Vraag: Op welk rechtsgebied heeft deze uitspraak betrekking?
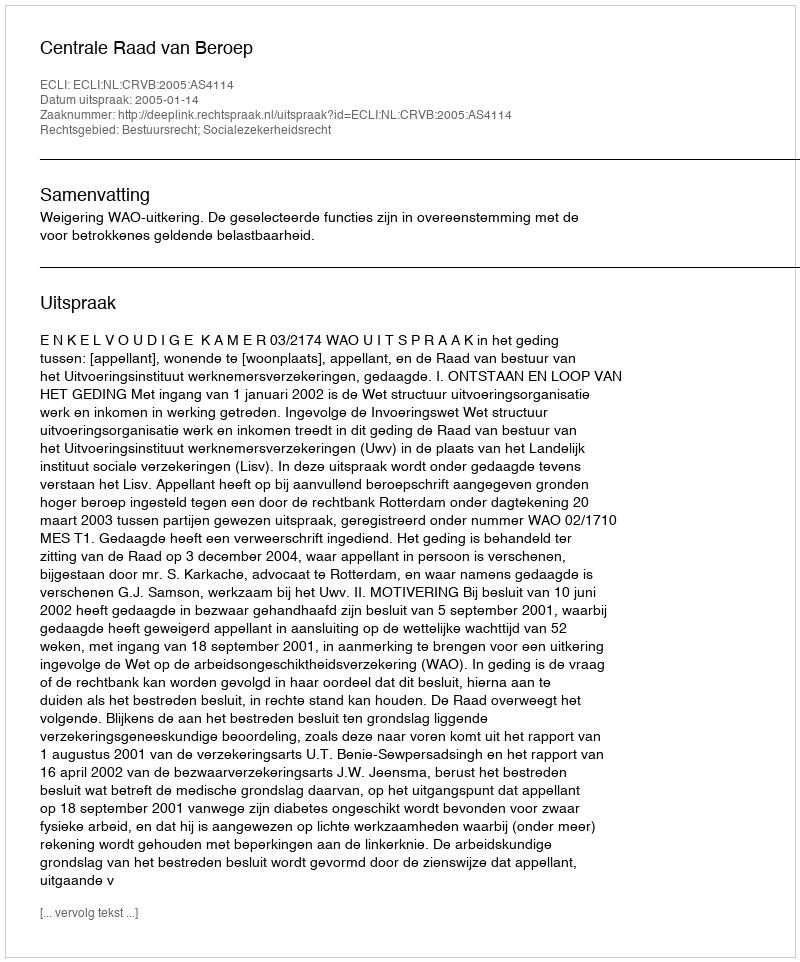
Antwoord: Bestuursrecht; Socialezekerheidsrecht